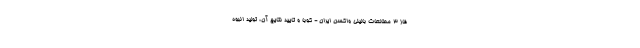
فاز ۳ مطالعات بالینی واکسن ایران - کوبا و تایید نتایج آن، تولید انبوه